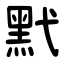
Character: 黓